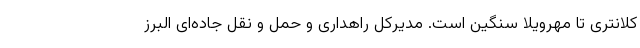
کلانتری تا مهرویلا سنگین است. مدیرکل راهداری و حمل و نقل جاده‌ای البرز